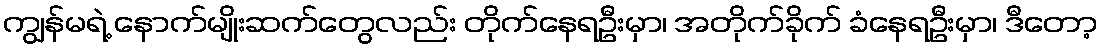
ကျွန်မရဲ့ နောက်မျိုးဆက်တွေလည်း တိုက်နေရဦးမှာ၊ အတိုက်ခိုက် ခံနေရဦးမှာ၊ ဒီတော့